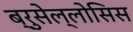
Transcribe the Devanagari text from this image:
ब्रुसेल्लोसिस